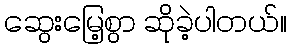
ဆွေးမြေ့စွာ ဆိုခဲ့ပါတယ်။